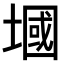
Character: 𪤑